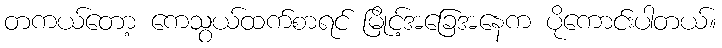
တကယ်တော့ ကေသွယ်ထက်စာရင် မြိုင့်အခြေအနေက ပိုကောင်းပါတယ်။